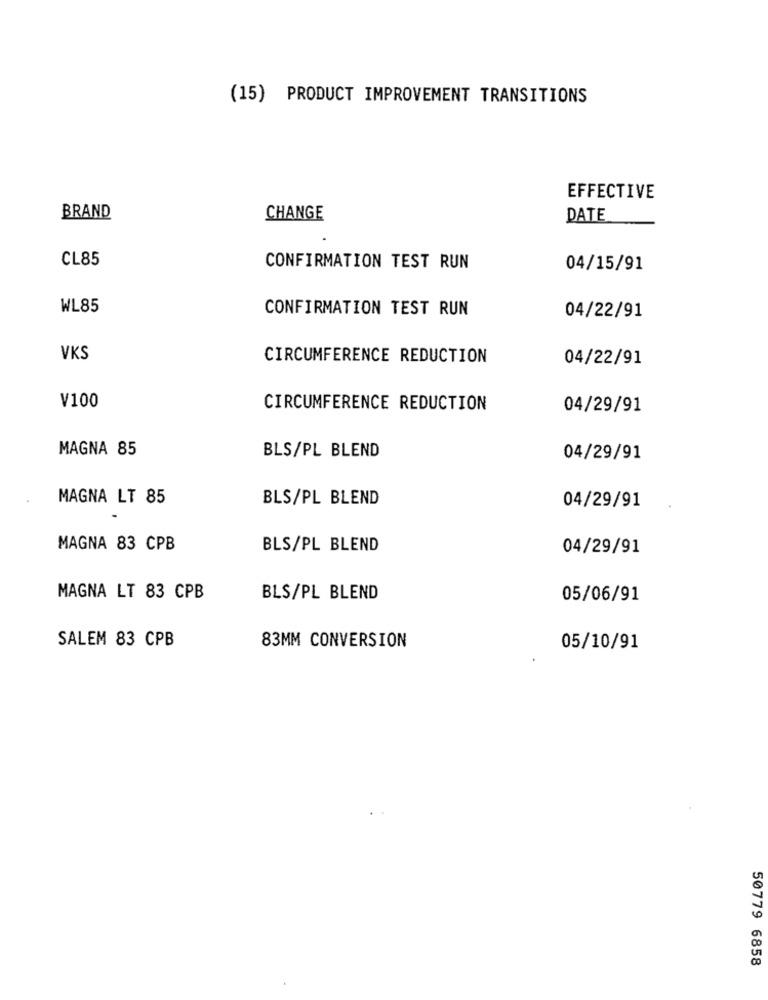
(15) PRODUCT IMPROVEMENT TRANSITIONS
EFFECTIVE
BRAND
CHANGE
DATE
CL85
CONFIRMATION TEST RUN
04/15/91
WL85
CONFIRMATION TEST RUN
04/22/91
VKS
CIRCUMFERENCE REDUCTION
04/22/91
V100
CIRCUMFERENCE REDUCTION
04/29/91
MAGNA 85
BLS/PL BLEND
04/29/91
MAGNA LT 85
BLS/PL BLEND
04/29/91
MAGNA 83 CPB
BLS/PL BLEND
04/29/91
MAGNA LT 83 CPB
BLS/PL BLEND
05/06/91
SALEM 83 CPB
83MM CONVERSION
05/10/91
50779 6858